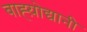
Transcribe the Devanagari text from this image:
बाह्य़ोद्यानी